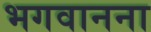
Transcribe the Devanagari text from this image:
भगवानना